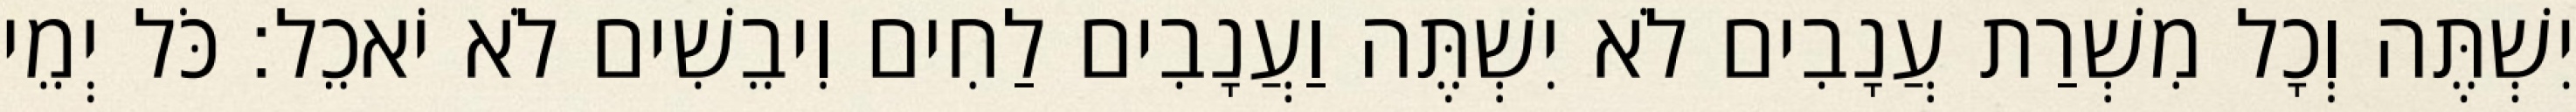
יִשְׁתֶּה וְכָל מִשְׁרַת עֲנָבִים לֹא יִשְׁתֶּה וַעֲנָבִים לַחִים וִיבֵשִׁים לֹא יֹאכֵל׃ כֹּל יְמֵי